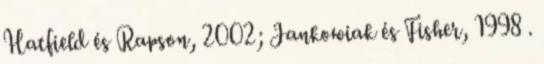
Hatﬁeld és Rapson, 2002; Jankowiak és Fisher, 1998 .